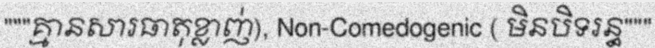
"""គ្មានសារធាតុខ្លាញ់), Non-Comedogenic ( មិនបិទរន្ធ"""